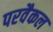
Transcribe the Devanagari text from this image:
परवैकल